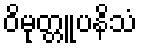
ဝိမုတ္တူပနိသံ